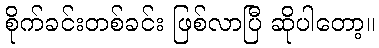
စိုက်ခင်းတစ်ခင်း ဖြစ်လာပြီ ဆိုပါတော့။